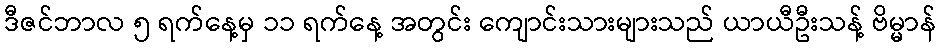
ဒီဇင်ဘာလ ၅ ရက်နေ့မှ ၁၁ ရက်နေ့ အတွင်း ကျောင်းသားများသည် ယာယီဦးသန့် ဗိမ္မာန်